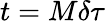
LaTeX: t=M\delta\tau